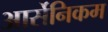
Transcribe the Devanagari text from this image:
आर्सेनिकम